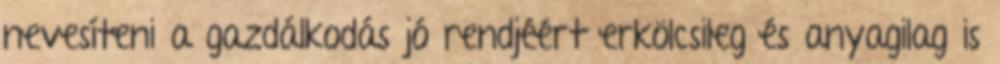
nevesíteni a gazdálkodás jó rendjéért erkölcsileg és anyagilag is